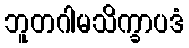
ဘူတဂါမသိက္ခာပဒံ